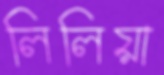
লিলিয়া